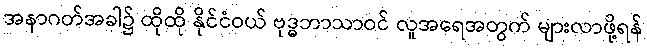
အနာဂတ်အခါ၌ ထိုထို နိုင်ငံဝယ် ဗုဒ္ဓဘာသာဝင် လူအရေအတွက် များလာဖို့ရန်